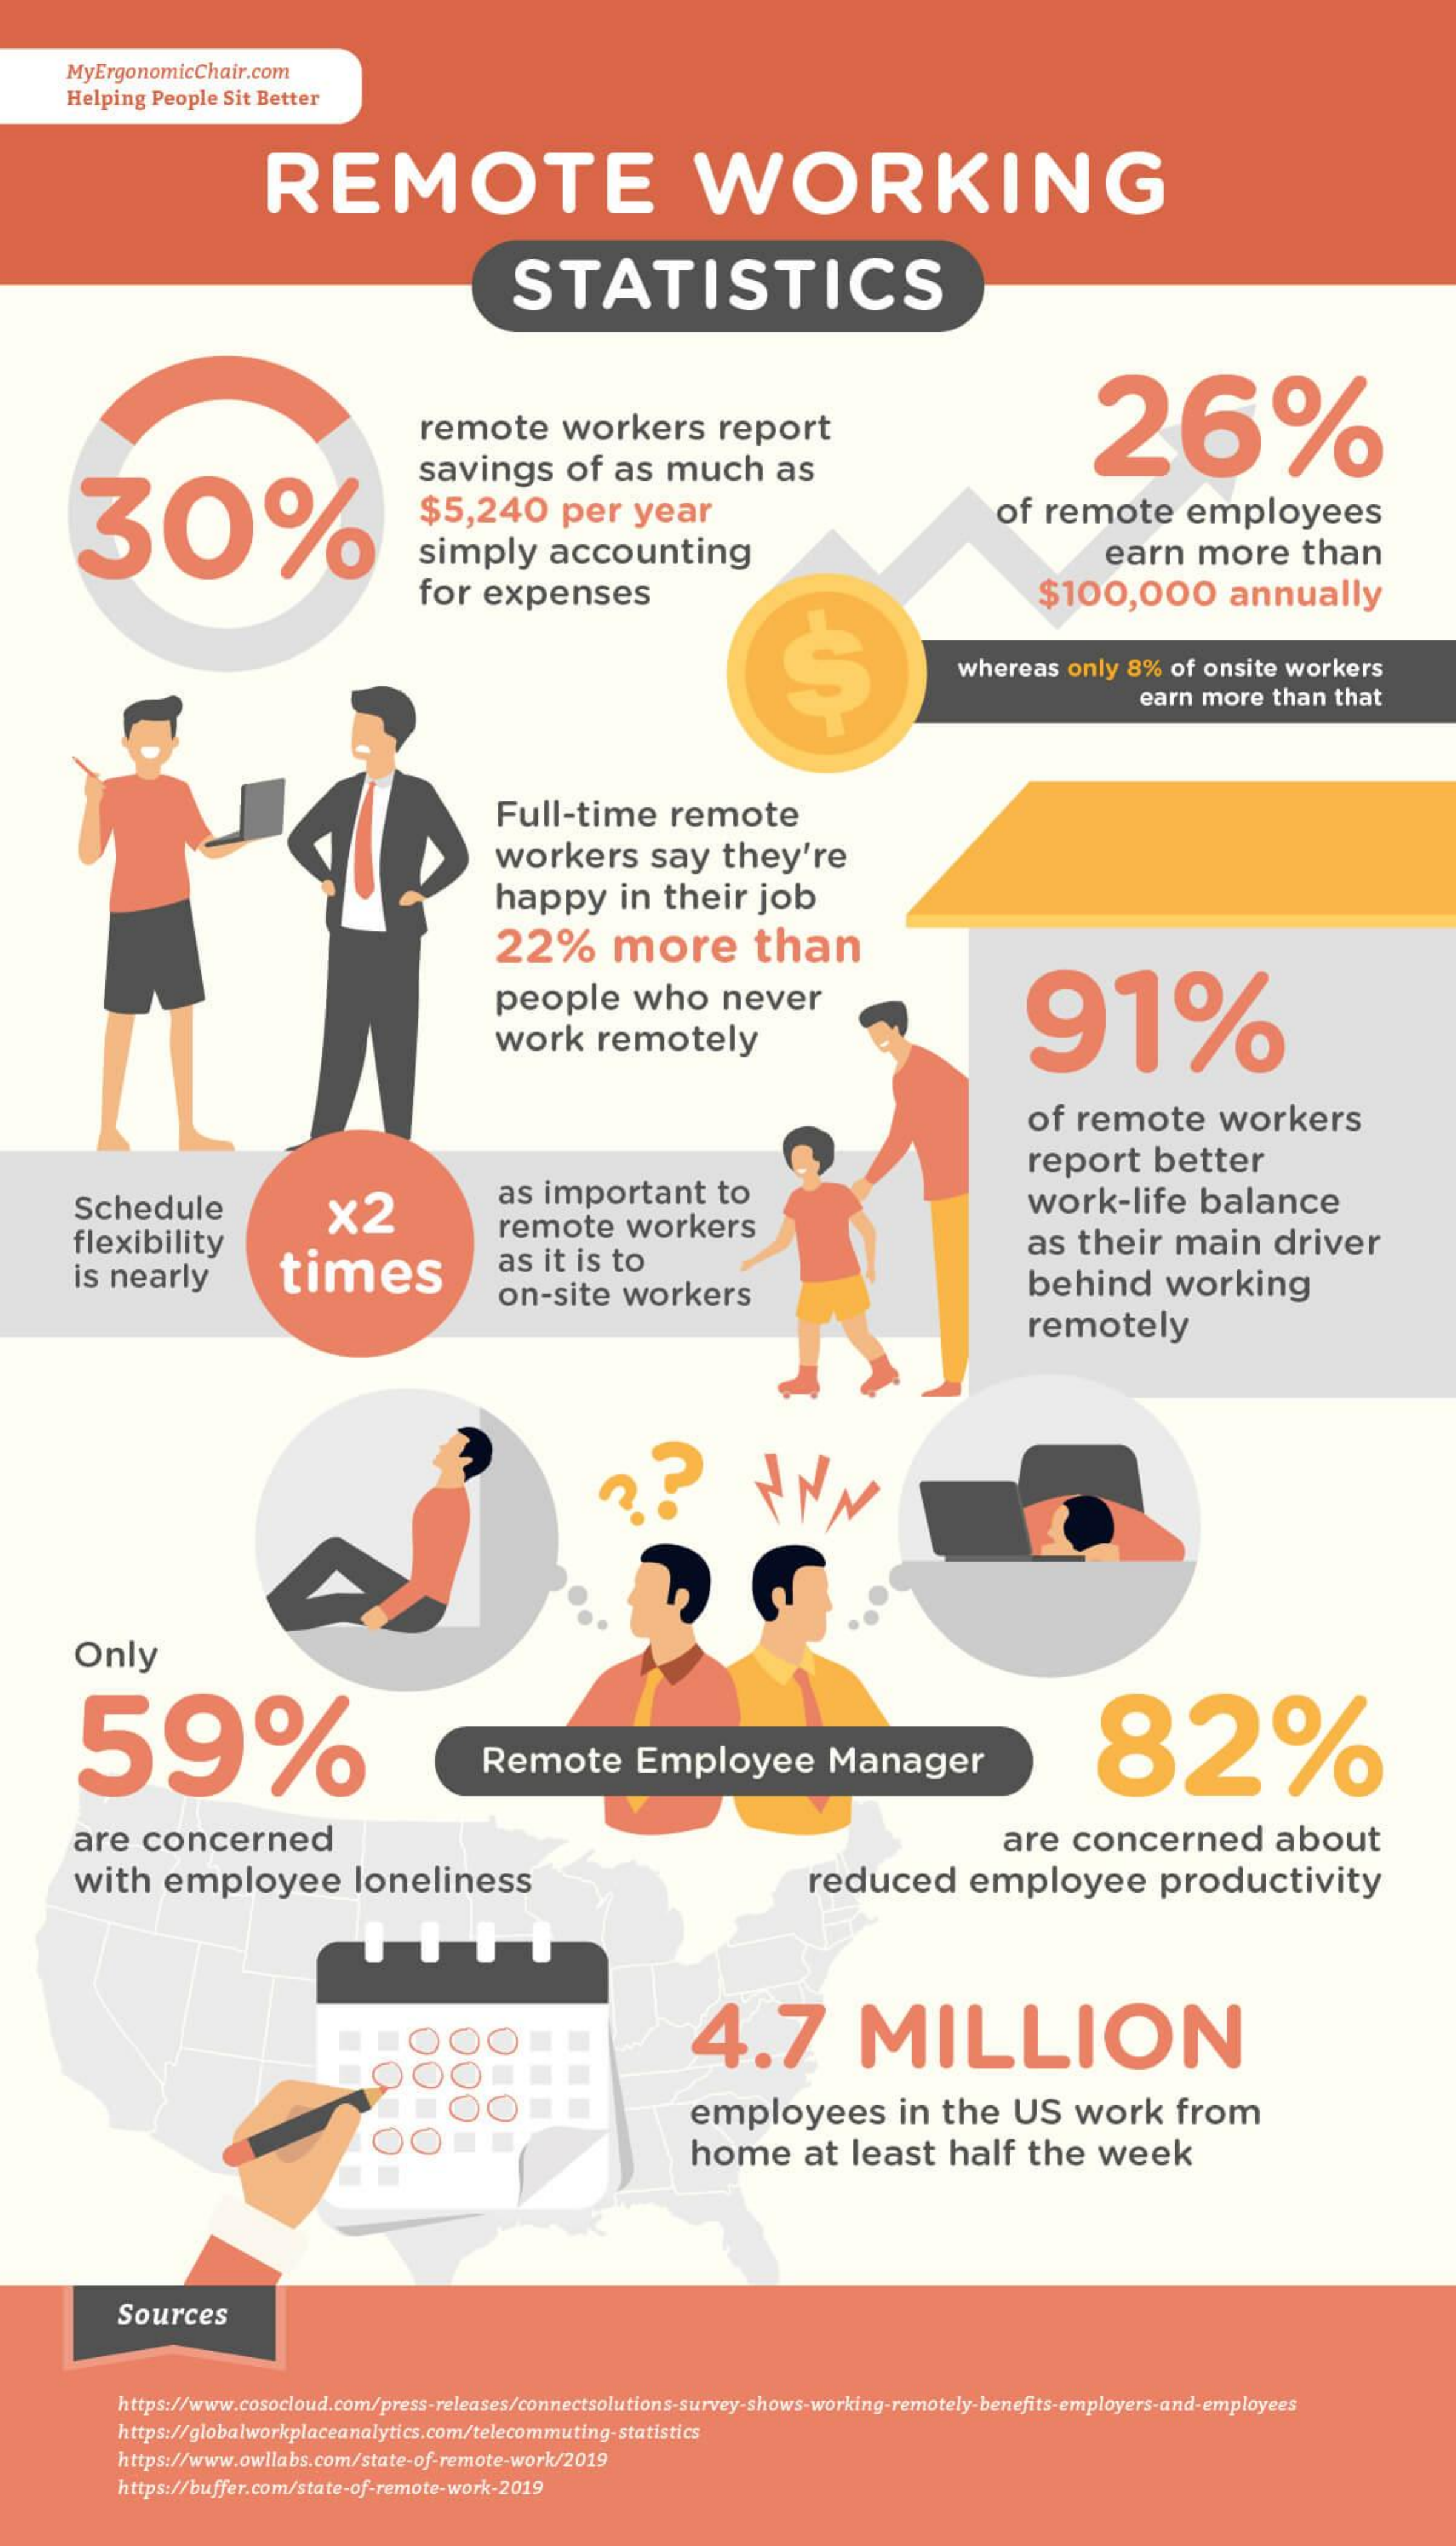
MyErgonomicChair.com
     Helping People  Sit Better
     REMOTE    WORKING
     STATISTICS
     remote    workers    report
     30%
     26%
     savings    of   as   much    as
     $5,240    per    year    of   remote    employees
     simply    accounting    earn    more    than
     for    expenses    $100,000    annually
     whereas    only  8%   of onsite  workers
     earn more    than  that
     Full-time    remote
     workers    say    they're
     happy    in   their    job
     22%    more    than
     people    who    never
     91%
     work    remotely
     of   remote    workers
     report    better
     Schedule
     flexibility
     x2
     as  important    to
     remote    workers
     work-life    balance
     is nearly    times    as  it is  to
     as   their    main    driver
     on-site    workers    behind    working
     remotely
     Only
     59%    82% Remote Employee Manager
     are   concerned    are   concerned    about
     with    employee    loneliness    reduced    employee    productivity
     4.7    MILLION
     employees    in  the    US    work    from
     home    at   least    half    the    week
     Sources
     https://www.cosocloud.com/press-releases/connectsolutions-survey-shows-working-remotely-benefits-employers-and-employees
     https://globalworkplaceanalytics.com/telecommuting-statistics
     https://www.owllabs.com/state-of-remote-work/2019
     https://buffer.com/state-of-remote-work-2019